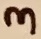
Text: 3